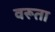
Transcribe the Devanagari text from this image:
वरूता